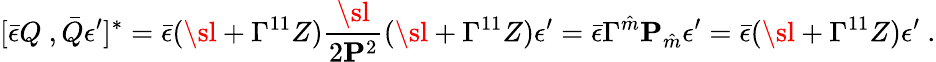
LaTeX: [\bar{\epsilon}Q\ ,\bar{Q}\epsilon^{\prime}]^{*}=\bar{\epsilon}(\sl+\Gamma^{11}Z){\frac{\sl}{2{\mathbf P}^{2}}}(\sl+\Gamma^{11}Z)\epsilon^{\prime}=\bar{\epsilon}\Gamma^{\hat{m}}{\mathbf P}_{\hat{m}}\epsilon^{\prime}=\bar{\epsilon}(\sl+\Gamma^{11}Z)\epsilon^{\prime}\ .